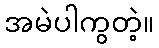
အမဲပါကွတဲ့။